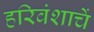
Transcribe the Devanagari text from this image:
हरिवंशाचें